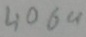
Text: 4069